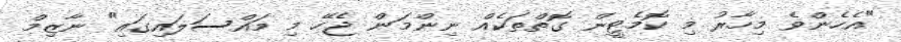
"އެހެންވެ މިހާރު މި ކޮމެޓީން ގޮތްތަކެއް ނިންމަން ޖެހޭ މި މައްސަލައިގައި" ނާޒިމް